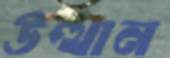
উত্থান